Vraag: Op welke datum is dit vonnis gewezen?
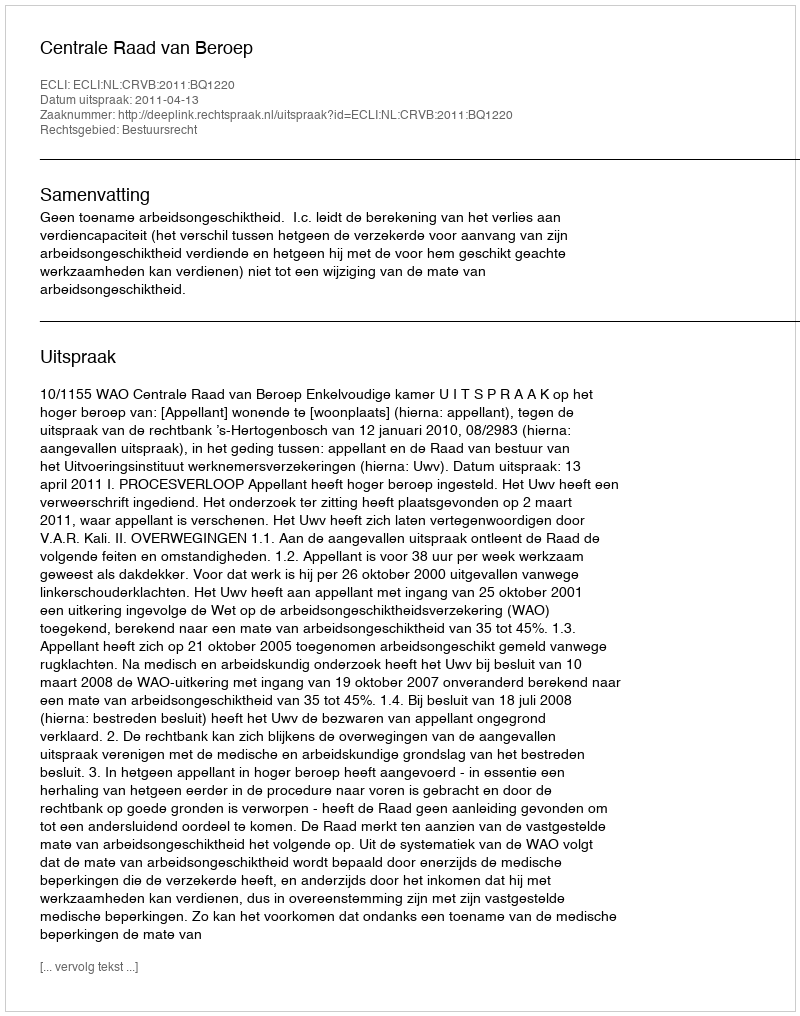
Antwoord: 2011-04-13